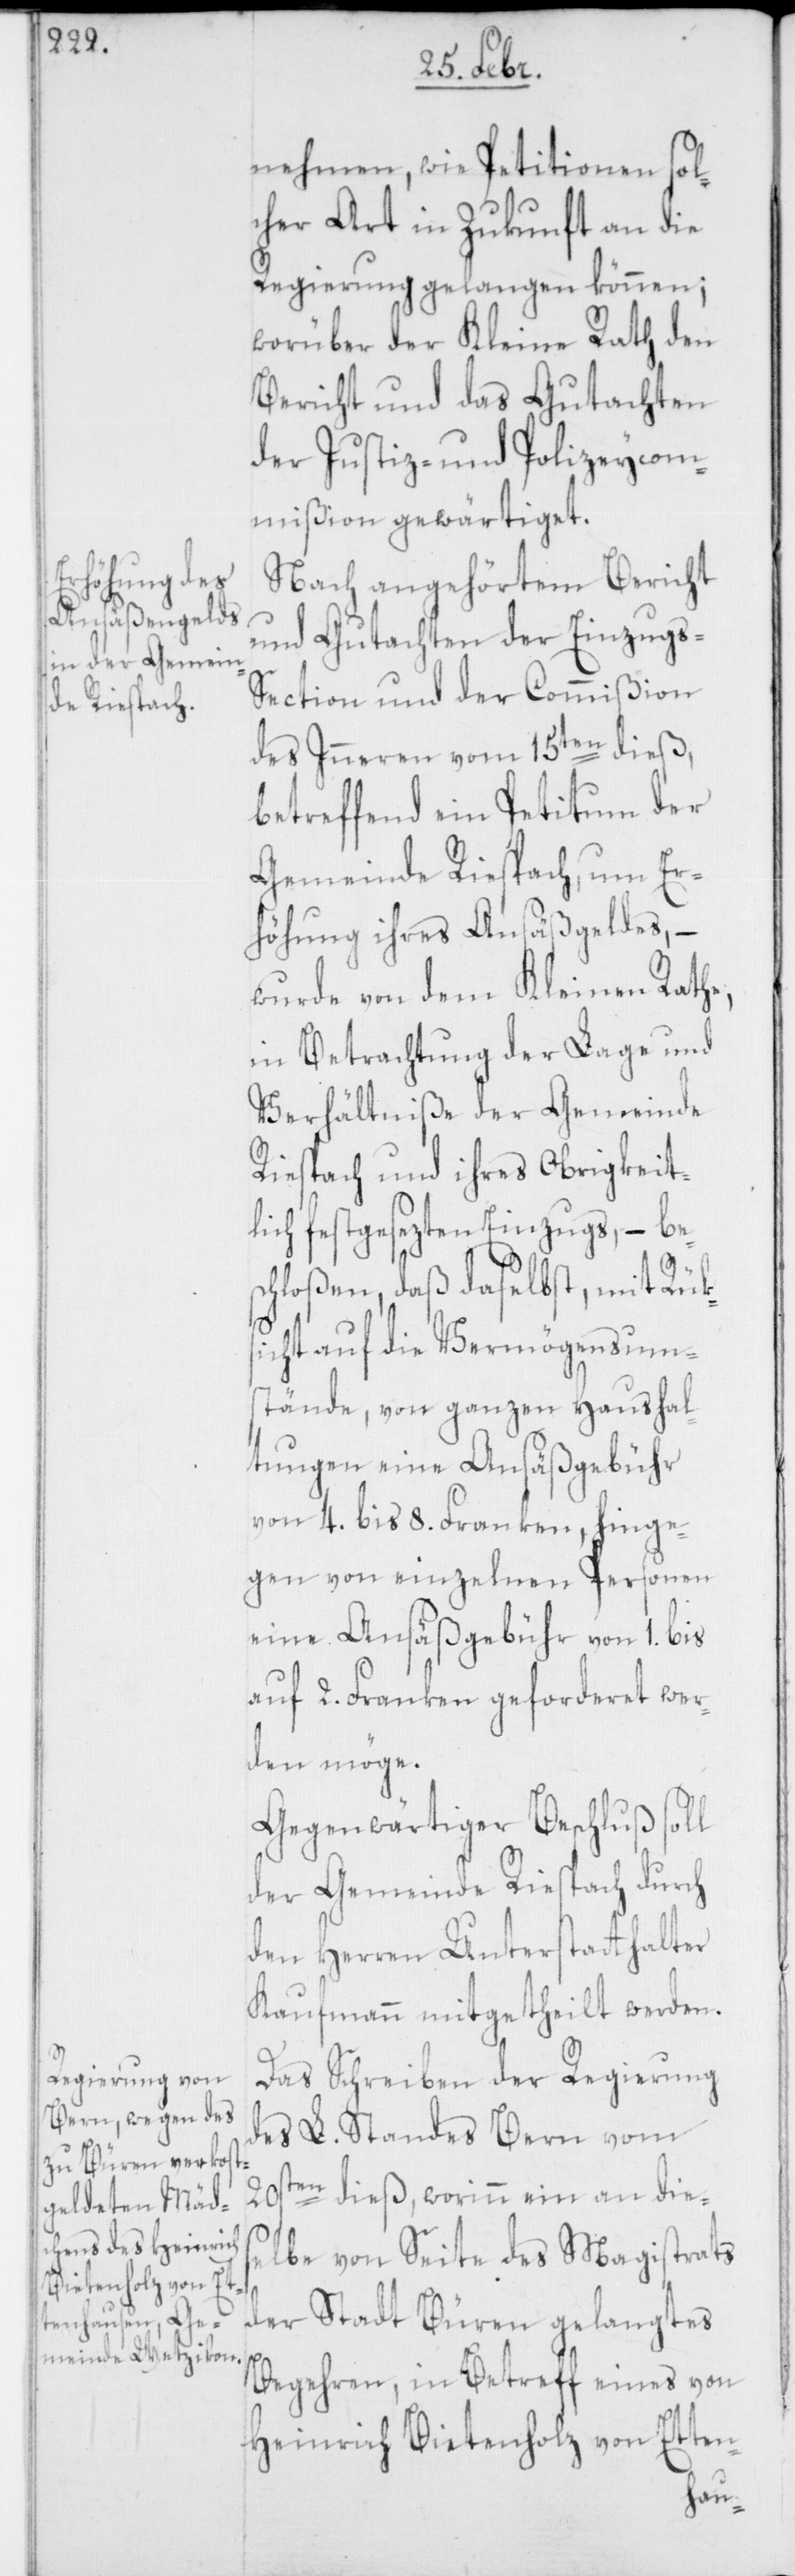
nehmen, wie Petitionen sol¬
cher Art in Zukunft an die
Regierung gelangen können;
worüber der Kleine Rath den
Bericht und das Gutachten
der Justiz- und Polizeycom¬
mißion gewärtiget.
Nach angehörtem Bericht
und Gutachten der Einzugs-S¬
ection und der Commißion
des Inneren vom 15ten dieß,
betreffend ein Petitum der
Gemeinde Riespach, um Er¬
höhung ihres Ansäßgeldes, –
wurde von dem Kleinen Rate,
in Betrachtung der Lage und
Verhältniße der Gemeinde
Riespach und ihres Obrigkeit¬
lich festgesezten Einzugs, – be¬
schloßen, daß daselbst, mit Rüks¬
icht auf die Vermögensum¬
stände, von ganzen Haushal¬
tungen eine Ansäßgebühr
von 4. bis 8. Franken, hinge¬
gen von einzelnen Personen
eine Ansässgebühr von 1. bis
auf 2. Franken geforderet wer¬
den möge.
Gegenwärtiger Beschluß soll
der Gemeinde Riespach durch
den Herren Unterstatthalter
Kaufmann mitgetheilt werden.
Das Schreiben der Regierung
des L. Standes Bern vom
20sten dieß, worinn ein an dies¬
elbe von Seite des Magistrats
der Stadt Büren gelangtes
Begehren, in Betreff eines von
Heinrich Bietenholz von Etten-